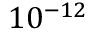
1 0 ^ { - 1 2 }